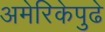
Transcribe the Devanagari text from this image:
अमेरिकेपुढे